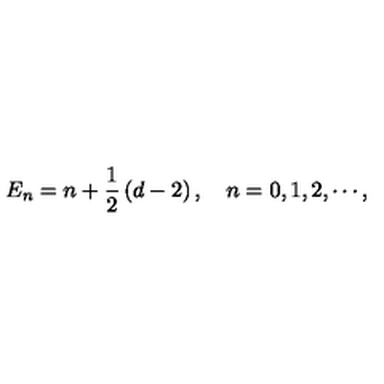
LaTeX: E _ { n } = n + \frac { 1 } { 2 } \left( d - 2 \right) , \quad n = 0 , 1 , 2 , \cdots ,